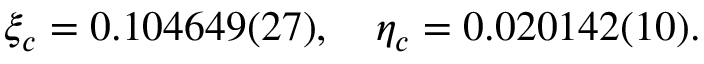
\xi _ { c } = 0 . 1 0 4 6 4 9 ( 2 7 ) , \quad \eta _ { c } = 0 . 0 2 0 1 4 2 ( 1 0 ) .